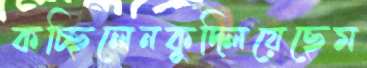
কচ্ছিলেনকুদ্‌লিয়েছেম